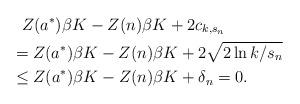
LaTeX: \begin{align*} &~~Z(a^*)\beta K -Z(n)\beta K+2c_{k,s_n} \\ & =Z(a^*)\beta K -Z(n)\beta K+2\sqrt{2\ln k/s_n} \\ &\leq Z(a^*)\beta K -Z(n)\beta K+\delta_n=0.\end{align*}